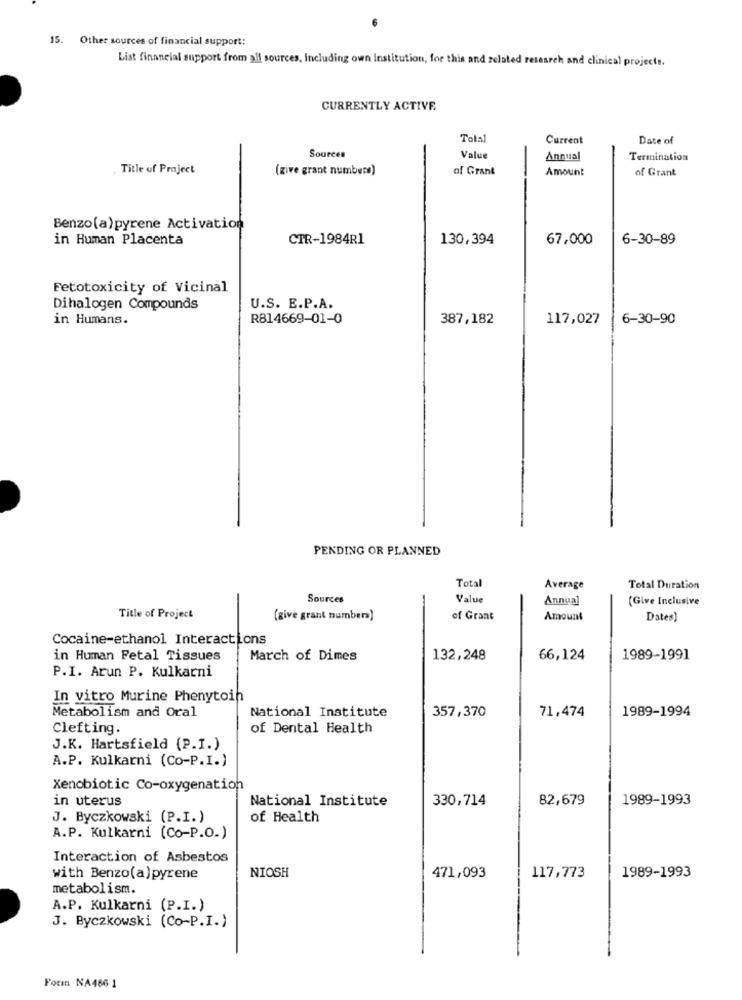
15. Other sources of financial support:
List financial support from all sources, Including own Institution, for this and related research and clinical projects.
CURRENTLY ACTIVE
Total
Current
Date of
Sources
Value
Annual
Termination
. Title of Project
(zive grant numbers)
of Grant
Amount
of Grant
Benzo(a)pyrene Activation
in Human Placenta
CTR-1984R1
130,394
67,000
6-30-89
Fetotoxicity of Vicinal
Dihalogen Compounds
U.S. E.P.A.
in Humans.
R814669-01-0
387,182
117,027
6-30-90
PENDING OR PLANNED
Total
Average
Total Duration
Sources
Value
Annual
(Give Inclusive
Title of Project
(give grant numbers)
of Grant
Amount
Dates)
Cocaine-ethanol Interactions
in Human Fetal Tissues
March of Dimes
132,248
66,124
1989-1991
P.I. Arun P. Kulkarni
In vitro Murine Phenytoin
Metabolism and Oral
National Institute
357,370
71,474
1989-1994
Clefting.
of Dental Health
J.K. Hartsfield (P.I.)
A.P. Kulkarni (Co-P.I.)
Xenobiotic Co-oxygenation
in uterus
National Institute
330,714
82,679
1989-1993
J. Byczkowski (P.I.)
of Health
A.P. Kulkarni (Co-P.O.)
Interaction of Asbestos
NIOSH
with Benzo(a)pyrene
471,093
117,773
1989-1993
metabolism.
A.P. Kulkarni (P.I.)
J. Byczkowski (Co-P.I.)
Fotin NA466 1